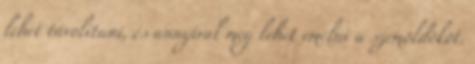
lehet távolítani, és annyival meg lehet emelni a szemöldököt.